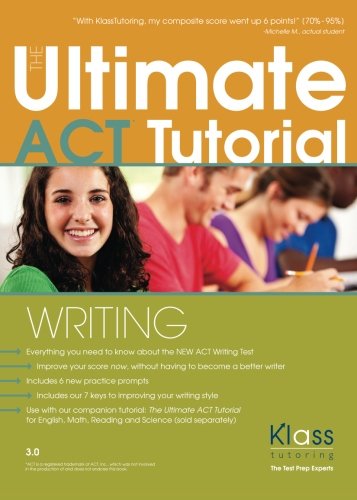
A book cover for The Ultimate ACT Tutorial: Writing; Erik Klass; Test Preparation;